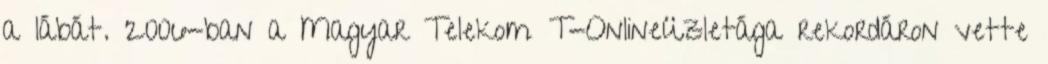
a lábát. 2006-ban a Magyar Telekom T-Onlineüzletága rekordáron vette